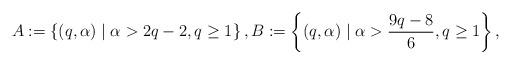
LaTeX: \begin{align*}A:=\left\{(q, \alpha)\mid \alpha > 2q-2, q\ge 1 \right\},B:=\left\{(q, \alpha)\mid \alpha> \frac{9q-8}{6}, q\ge 1 \right\},\end{align*}